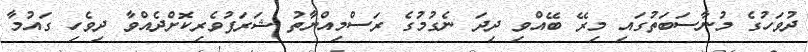
ދުވަހުގެ މުނާސަބަތުގައި މިރޭ ބޭއްވި ދިދަ ނެގުމުގެ ރަސްމިއްޔާތު ޝަރަފުވެރިކޮށްދެއްވާ ދިވެހި ގައުމާ